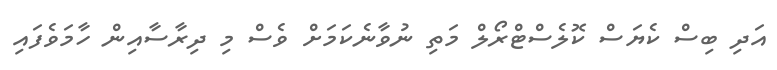
އަދި ބިސް ކެޔަސް ކޮލެސްޓްރޯލް މަތި ނުވާނެކަމަށް ވެސް މި ދިރާސާއިން ހާމަވެފައި